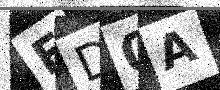
Text: FD0A